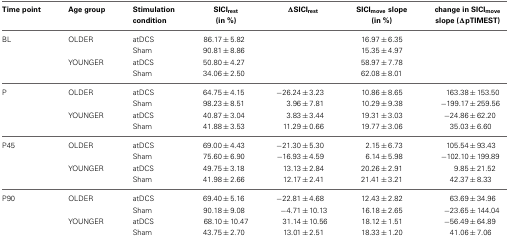
<table><thead><tr><td><b>Time point</b></td><td><b>Age group</b></td><td><b>Stimulation condition</b></td><td><b>SICI<sub>rest</sub> (in %)</b></td><td><b>ΔSICI<sub>rest</sub></b></td><td><b>SICI<sub>move</sub> slope (in %)</b></td><td><b>change in SICI<sub>move</sub> slope (ΔpTIMEST)</b></td></tr></thead><tbody><tr><td rowspan="4">BL</td><td rowspan="2">OLDER</td><td>atDCS</td><td>86.17 ± 5.82</td><td></td><td>16.97 ± 6.35</td><td></td></tr><tr><td>Sham</td><td>90.81 ± 8.86</td><td></td><td>15.35 ± 4.97</td><td></td></tr><tr><td rowspan="2">YOUNGER</td><td>atDCS</td><td>50.80 ± 4.27</td><td></td><td>58.97 ± 7.78</td><td></td></tr><tr><td>Sham</td><td>34.06 ± 2.50</td><td></td><td>62.08 ± 8.01</td><td></td></tr><tr><td rowspan="4">P</td><td rowspan="2">OLDER</td><td>atDCS</td><td>64.75 ± 4.15</td><td>−26.24 ± 3.23</td><td>10.86 ± 8.65</td><td>163.38 ± 153.50</td></tr><tr><td>Sham</td><td>98.23 ± 8.51</td><td>3.96 ± 7.81</td><td>10.29 ± 9.38</td><td>−199.17 ± 259.56</td></tr><tr><td rowspan="2">YOUNGER</td><td>atDCS</td><td>40.87 ± 3.04</td><td>3.83 ± 3.44</td><td>19.31 ± 3.03</td><td>−24.86 ± 62.20</td></tr><tr><td>Sham</td><td>41.88 ± 3.53</td><td>11.29 ± 0.66</td><td>19.77 ± 3.06</td><td>35.03 ± 6.60</td></tr><tr><td rowspan="4">P45</td><td rowspan="2">OLDER</td><td>atDCS</td><td>69.00 ± 4.43</td><td>−21.30 ± 5.30</td><td>2.15 ± 6.73</td><td>105.54 ± 93.43</td></tr><tr><td>Sham</td><td>75.60 ± 6.90</td><td>−16.93 ± 4.59</td><td>6.14 ± 5.98</td><td>−102.10 ± 199.89</td></tr><tr><td rowspan="2">YOUNGER</td><td>atDCS</td><td>49.75 ± 3.18</td><td>13.13 ± 2.84</td><td>20.26 ± 2.91</td><td>9.85 ± 21.52</td></tr><tr><td>Sham</td><td>41.98 ± 2.66</td><td>12.17 ± 2.41</td><td>21.41 ± 3.21</td><td>42.37 ± 8.33</td></tr><tr><td rowspan="4">P90</td><td rowspan="2">OLDER</td><td>atDCS</td><td>69.40 ± 5.16</td><td>−22.81 ± 4.68</td><td>12.43 ± 2.82</td><td>63.69 ± 34.96</td></tr><tr><td>Sham</td><td>90.18 ± 9.08</td><td>−4.71 ± 10.13</td><td>16.18 ± 2.65</td><td>−23.65 ± 144.04</td></tr><tr><td rowspan="2">YOUNGER</td><td>atDCS</td><td>68.10 ± 10.47</td><td>31.14 ± 10.56</td><td>18.12 ± 1.51</td><td>−56.49 ± 64.89</td></tr><tr><td>Sham</td><td>43.75 ± 2.70</td><td>13.01 ± 2.51</td><td>18.33 ± 1.20</td><td>41.06 ± 7.06</td></tr></tbody></table>